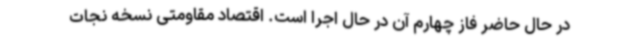
در حال حاضر فاز چهارم آن در حال اجرا است. اقتصاد مقاومتی نسخه نجات